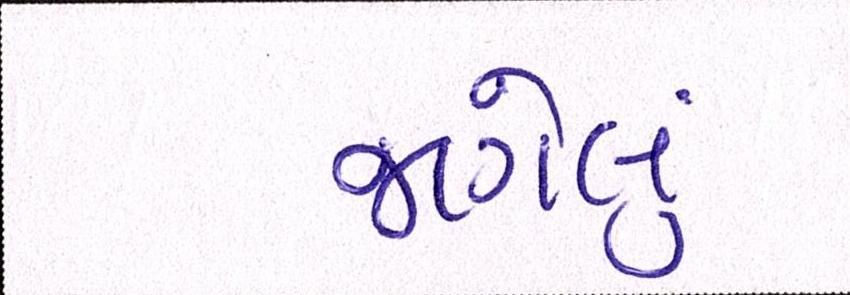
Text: જાગેલું